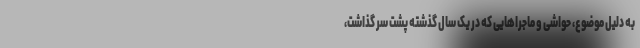
به دلیل موضوع، حواشی و ماجراهایی که در یک سال گذشته پشت سر گذاشت،